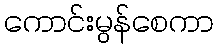
ကောင်းမွန်စေကာ